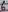
Text: 6